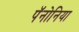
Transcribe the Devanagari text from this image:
पॅनोनिया